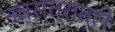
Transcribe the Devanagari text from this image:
नवरात्रातले